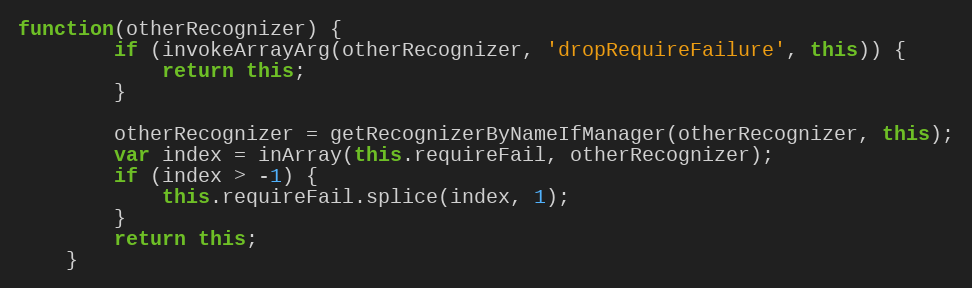
Language: JavaScript
function(otherRecognizer) {
        if (invokeArrayArg(otherRecognizer, 'dropRequireFailure', this)) {
            return this;
        }

        otherRecognizer = getRecognizerByNameIfManager(otherRecognizer, this);
        var index = inArray(this.requireFail, otherRecognizer);
        if (index > -1) {
            this.requireFail.splice(index, 1);
        }
        return this;
    }